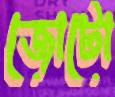
জোটো